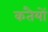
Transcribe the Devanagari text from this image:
कतैयों